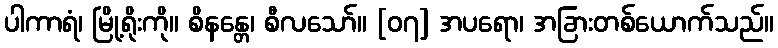
ပါကာရံ၊ မြို့ရိုးကို။ စိနန္တေ၊ စီလသော်။ [၀၇] အပရော၊ အခြားတစ်ယောက်သည်။